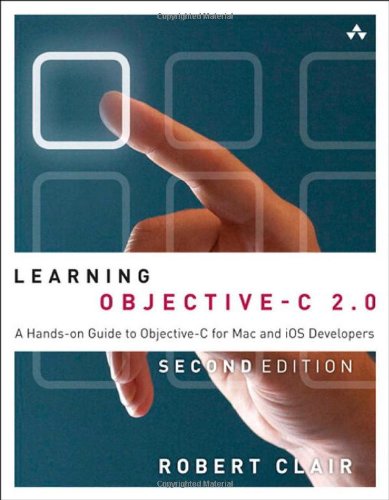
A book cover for Learning Objective-C 2.0: A Hands-on Guide to Objective-C for Mac and iOS Developers (2nd Edition); Robert Clair; Computers & Technology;